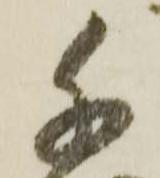
千